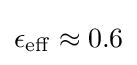
\epsilon _{\mathrm {eff} }\approx 0.6